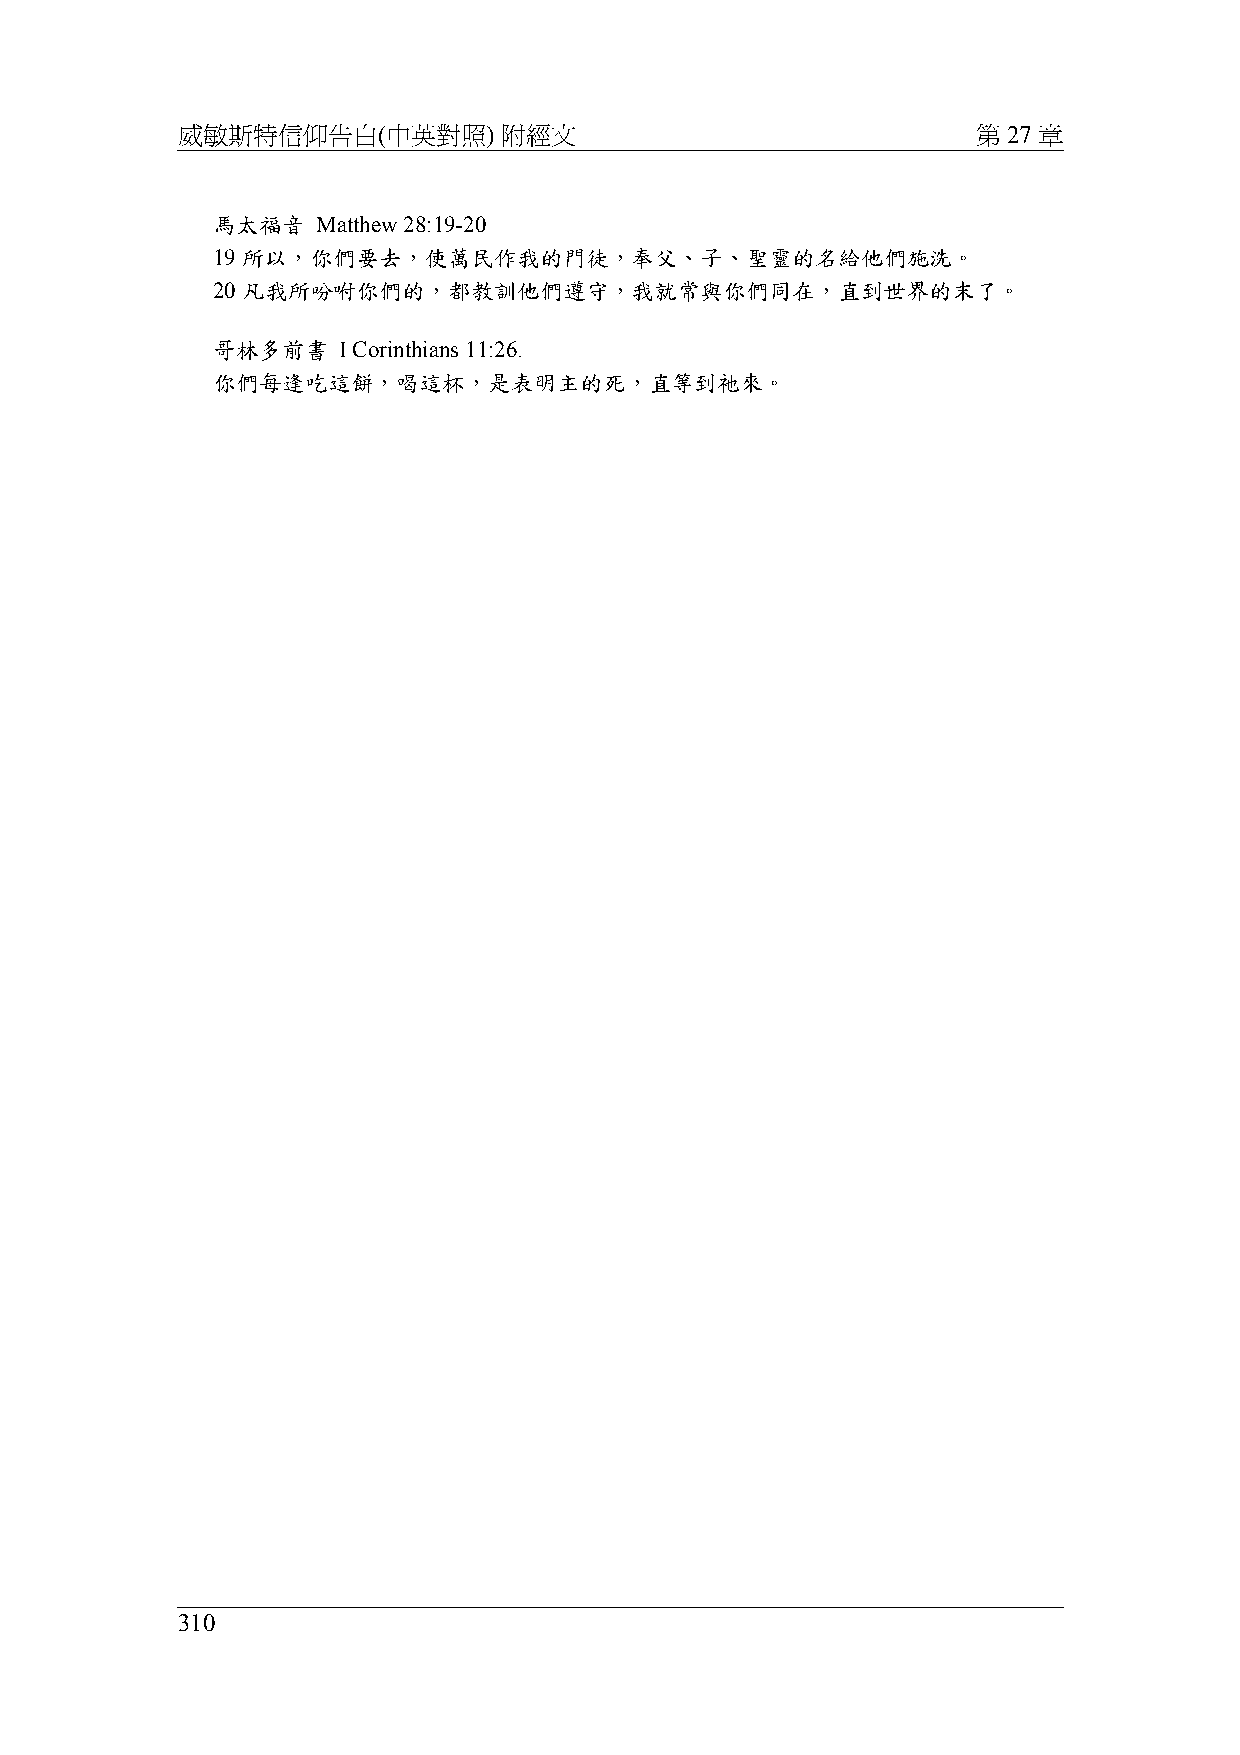
威敏斯特信仰告白(中英對照)       附經文                             第 27 章
 馬太福音   Matthew 28:19-20
 19 所以，你們要去，使萬民作我的門徒，奉父、子、聖靈的名給他們施洗。
 20 凡我所吩咐你們的，都教訓他們遵守，我就常與你們同在，直到世界的末了。
 哥林多前書   I Corinthians 11:26.
 你們每逢吃這餅，喝這杯，是表明主的死，直等到祂來。
 310